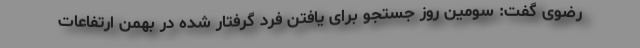
رضوی گفت: سومین روز جستجو برای یافتن فرد گرفتار شده در بهمن ارتفاعات